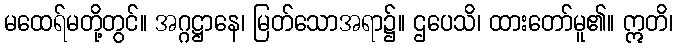
မထေရ်မတို့တွင်။ အဂ္ဂဋ္ဌာနေ၊ မြတ်သောအရာ၌။ ဌပေသိ၊ ထားတော်မူ၏။ ဣတိ၊